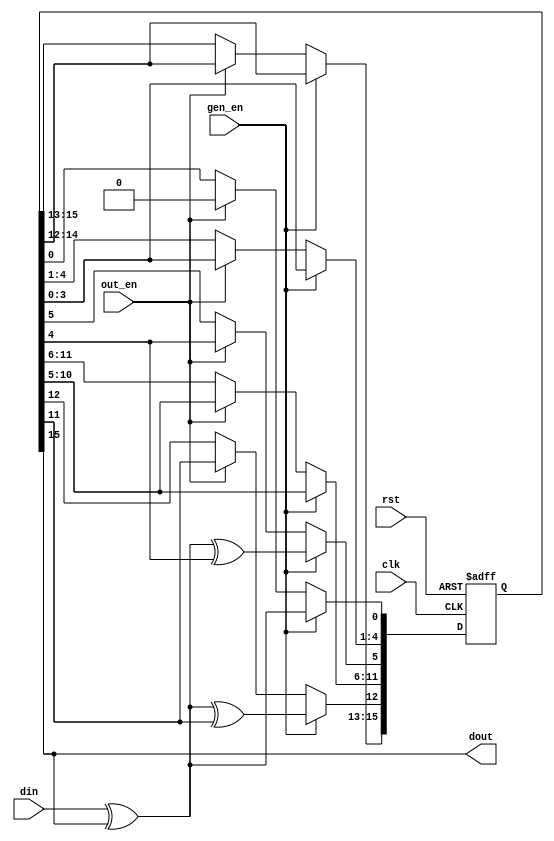
///////////////////////////////////////////////////////////////////////////////
//
//
// Copyright (C) 2007, Licensed customers of QuickLogic may copy or modify
// this file for use in designing QuickLogic devices only.
//
// Module Name:  e_crc16
// 
// Version 1.0   April  1, 2006  -Original
// Version 1.1   Feb.   7, 2007  -Added 16 bit support
// Version 1.2   May.   14,2007  -Fixed cmd to cmd delay
//                               -SDIO power on switch clock line level
//                               -Used latched signal for datline0
//                               -Optimized to use fifo controllers
//                               -Modified to use one RAMBLOCK instead of two
//
///////////////////////////////////////////////////////////////////////////////
`timescale 1ns/1ns

module e_crc16(
  rst,
  clk,
  gen_en,
  out_en,
  din,
  dout
);

input rst;
input clk;
input gen_en;
input out_en;
input din;
output dout;

wire   rst ;
wire   clk ;
wire   gen_en ;
wire   out_en ;
wire   din ;
wire   dout ;


reg [15:0] crc_reg;

  assign dout = crc_reg[15];
  always @(posedge rst or posedge clk) begin
    if(rst == 1'b 1) begin
      crc_reg <= {16{1'b0}};
    end
    else
    begin
      if(gen_en == 1'b 1) begin
        crc_reg[15:13]  <= crc_reg[14:12] ;
        crc_reg[12] <= din ^ crc_reg[15] ^ crc_reg[11];
        crc_reg[11:6]  <= crc_reg[10:5] ;
        crc_reg[5] <= din ^ crc_reg[15] ^ crc_reg[4];
        crc_reg[4:1]  <= crc_reg[3:0] ;
        crc_reg[0] <= din ^ crc_reg[15];
      end
      else if(out_en == 1'b 1) begin
        crc_reg[15:1]  <= crc_reg[14:0] ;
        crc_reg[0] <= 1'b 0;
      end
    end
  end


endmodule